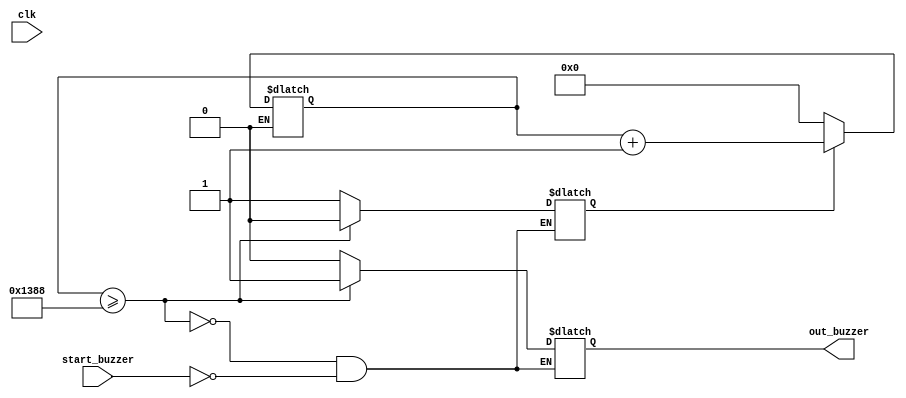
module buzzer (
	start_buzzer,
	clk,
	out_buzzer
);

input start_buzzer;
input clk;
output out_buzzer;

reg out_temp;
reg [15:0] cont;
reg working;

always @(clk) begin
	if (working == 1) begin
		cont =  cont + 1; 
	end
	if (working == 0) begin 
		cont = 0;
	end
end

always @(clk) begin
	if(start_buzzer) begin
		out_temp = 0;
		working = 1;
	end
	if(cont >= 5000) begin
		out_temp = 1;
		working = 0;
	end
end

assign out_buzzer = out_temp;

endmodule